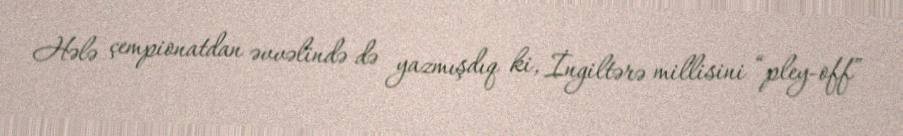
Hələ çempionatdan əvvəlində də yazmışdıq ki, İngiltərə millisini “pley-off”